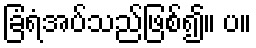
ခြံရံအပ်သည်ဖြစ်၍။ ပ။